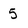
Character: 5